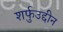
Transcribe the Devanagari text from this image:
शर्फुउद्दीन